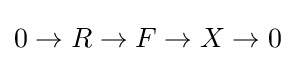
0\to R\to F\to X\to 0